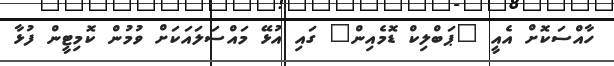
ހާއްސަކޮށް އެއީ "ޕަބްލިކް ޑޮމެއިން" ގައި އުޅޭ މައްސަލައަކަށް ވުމުން ކޮމިޓީން ފުޅާ